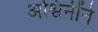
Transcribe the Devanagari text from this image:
अश्विनींने